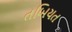
તબિયત